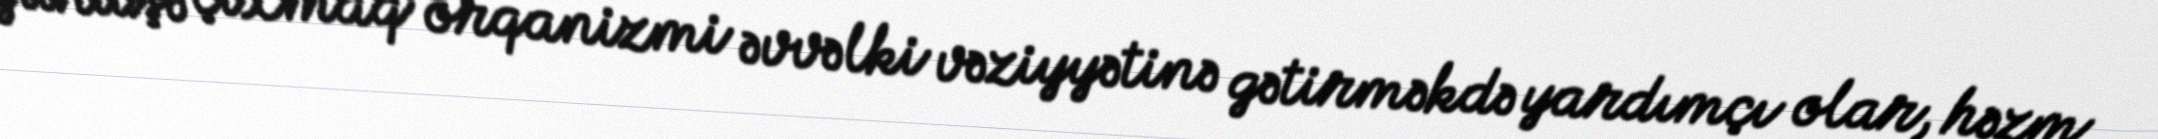
yürüşə çıxmaq orqanizmi əvvəlki vəziyyətinə gətirməkdə yardımçı olar, həzm